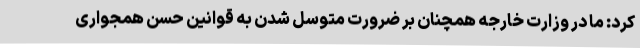
کرد: ما در وزارت خارجه همچنان بر ضرورت متوسل شدن به قوانین حسن همجواری